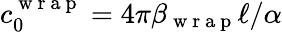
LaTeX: c_{0}^{\mathrm{~w~r~a~p~}}=4\pi\beta_{\mathrm{~w~r~a~p~}}\ell/\alpha